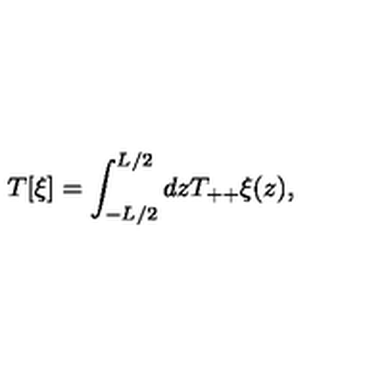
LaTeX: T [ \xi ] = \int _ { - L / 2 } ^ { L / 2 } d z T _ { + + } \xi ( z ) ,